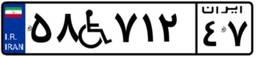
۵۸W۷۱۲۴۷